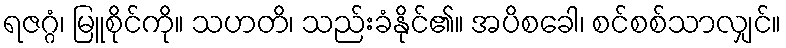
ရဇဂ္ဂံ၊ မြူစိုင်ကို။ သဟတိ၊ သည်းခံနိုင်၏။ အပိစခေါ၊ စင်စစ်သာလျှင်။